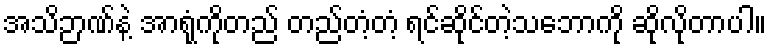
အသိဉာဏ်နဲ့ အာရုံကိုတည် တည်တံ့တံ့ ရင်ဆိုင်တဲ့သဘောကို ဆိုလိုတာပါ။